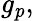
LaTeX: {\mathit{g_{p}}},